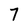
Character: 7